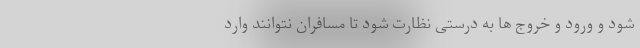
شود و ورود و خروج ‌ها به درستی نظارت شود تا مسافران نتوانند وارد